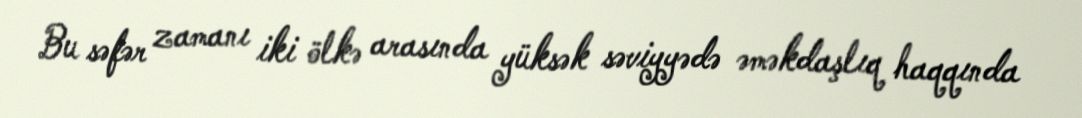
Bu səfər zamanı iki ölkə arasında yüksək səviyyədə əməkdaşlıq haqqında